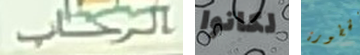
الرحاب لكانوا الخطورة